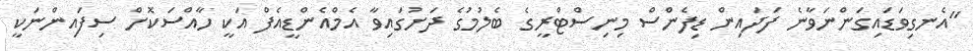
"އެނގިވަޑައިގަންނަވާނެ ފަދައިން ޑިފެންސް މިނިސްޓްރީގެ ބެލުމުގެ ދަށުގައިވާ އެމްއެންޑީއެފް އަކީ ހާއްސަކޮށް ސިފައިންނަކީ